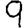
Digit: 9